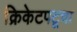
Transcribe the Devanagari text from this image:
क्रिकेटपटूचा